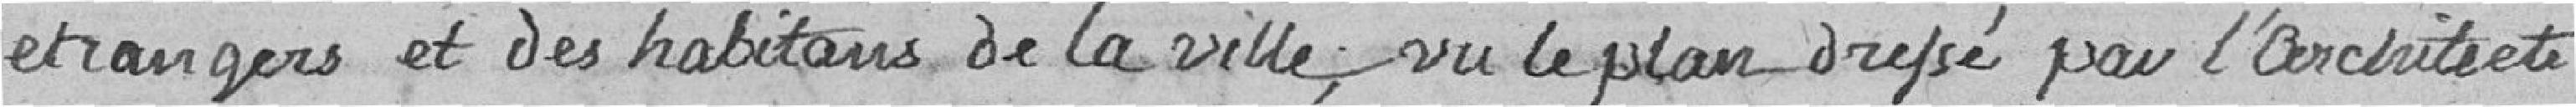
étrangers et des habitants de la ville; vu le plan dressé par l'Architecte